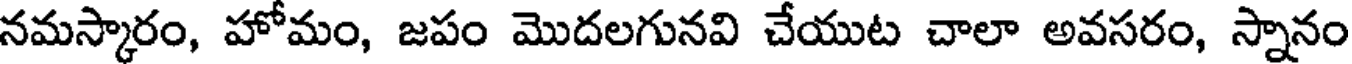
నమస్కారం, హోమం, జపం మొదలగునవి చేయుట చాలా అవసరం, స్నానం